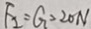
F _ { 2 } = G > 2 0 N